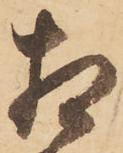
相